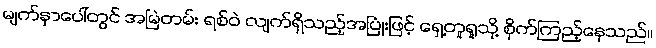
မျက်နှာပေါ်တွင် အမြဲတမ်း ရစ်ဝဲ လျက်ရှိသည့်အပြုံးဖြင့် ရှေ့တူရူသို့ စိုက်ကြည့်နေသည်။